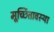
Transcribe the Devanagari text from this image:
मूर्च्छितावस्था